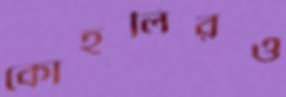
কোহলিরও